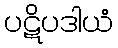
ပဋိပဒါယံ